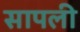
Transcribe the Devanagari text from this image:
सापली